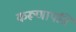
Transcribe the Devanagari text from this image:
करूणापति